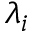
\lambda _ { i }